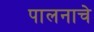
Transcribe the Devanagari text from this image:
पालनाचे